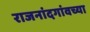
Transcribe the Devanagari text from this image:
राजनांदगांवच्या